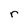
Character: r